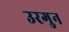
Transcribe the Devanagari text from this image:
उरगुन